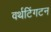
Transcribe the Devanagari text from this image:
वर्थटिंगटन